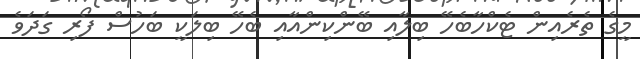
މީގެ ތެރެއިން ޓެކްހާބެހޭ ބިލާއި ބޭންކިންއާއި ބެހޭ ބިލަކީ ބަހުސް ފޯރި ގަދަވެ